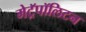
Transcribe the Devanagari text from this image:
मेट्रॅपॉलिटन